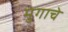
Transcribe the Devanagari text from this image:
मुगाचे